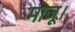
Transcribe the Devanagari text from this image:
माजू।